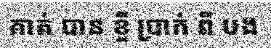
គាត់ បាន ខ្ចី ប្រាក់ ពី បង